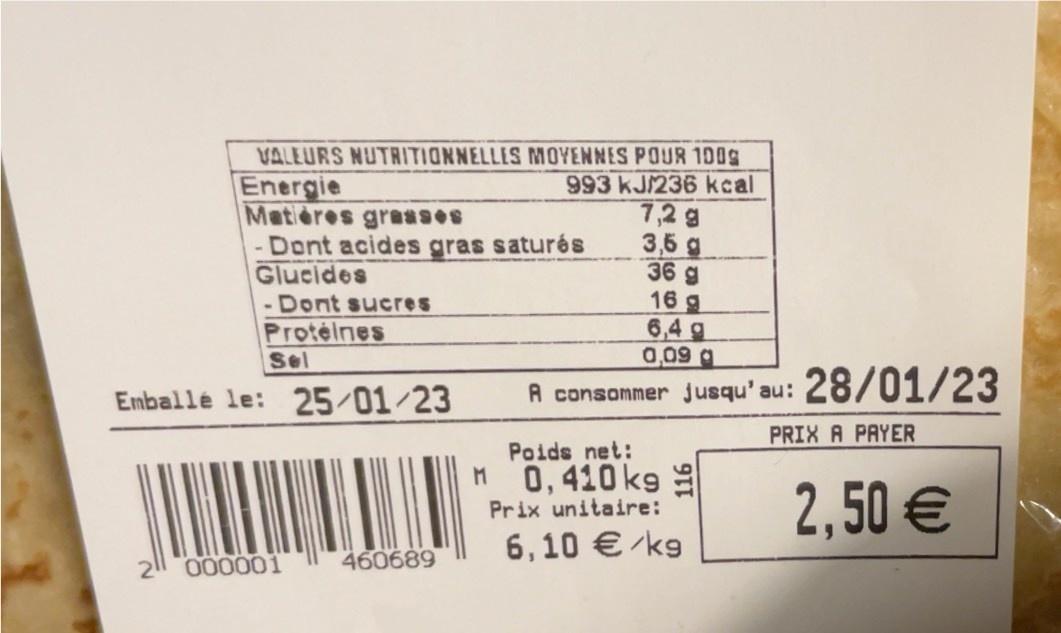
VALEURS NUTRITIONNELLES MOYENNES POUR 100%
993 kJ/236 kcal 7,2 g
3,5 g
36 g
16 g
6,4 g
0,09 g
A consommer jusqu'au:
Energie
Matières grasses
-Dont acides gras saturés
Glucides
-Dont sucres
Protéines
Sel
Emballé le: 25/01/23
000001
460689
Poids net: M 0,410 kg
Prix unitaire:
6,10 € /kg
28/01/23
PRIX A PAYER
2,50 €